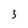
Character: 3